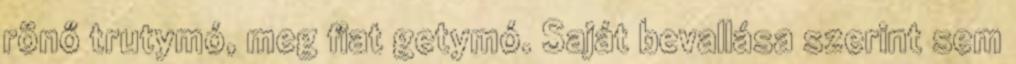
rönő trutymó, meg fiat getymó. Saját bevallása szerint sem